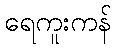
ရေကူးကန်